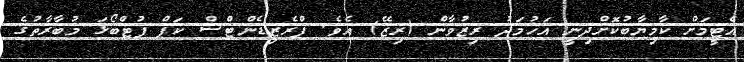
އެޓީމަށް ކާމިޔާބުކޮށްދިނީ އަހުމަދު ރިޒުވާން (ރިޒޭ) އެވެ. ޕްރެޒިޑެންޓްސް ކަޕް ފުޓްބޯޅަ މުބާރާތުގެ